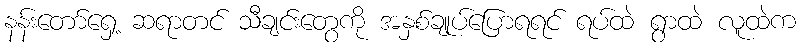
နန်းတော်ရှေ့ ဆရာတင် သီချင်းတွေကို အနှစ်ချုပ်ပြောရရင် ရပ်ထဲ ရွာထဲ လူထဲက